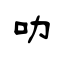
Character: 叻